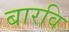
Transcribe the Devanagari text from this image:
बारवि